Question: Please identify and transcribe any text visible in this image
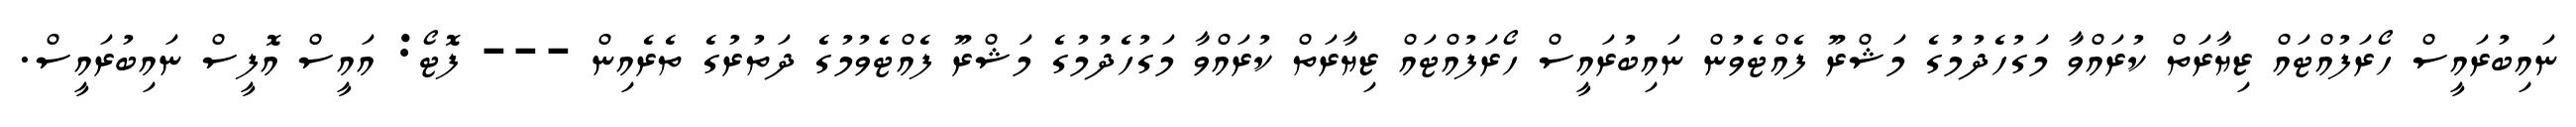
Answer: ނައިބުރައީސް ހޯރަފުއްޓައް ޒިޔާރަތް ކުރައްވާ މަގުހެދުމުގެ މަޝްރޫ ފެއްޓެވުން ނައިބުރައީސް ހޯރަފުއްޓައް ޒިޔާރަތް ކުރައްވާ މަގުހެދުމުގެ މަޝްރޫ ފެއްޓެވުމުގެ ދަތުރުގެ ތެރެއިން --- ފޮޓޯ: އައީސް އޮފީސް ނައިބުރައީސް.